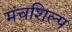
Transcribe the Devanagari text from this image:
मंचशिल्प